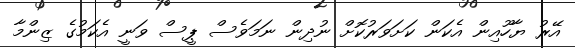
އޭރު ޔާހޫއިން އެކަން ކަށަވަރުކޮށް ނުދިން ނަމަވެސް ޕީސް ވަނީ އެކަމުގެ ޒިންމާ